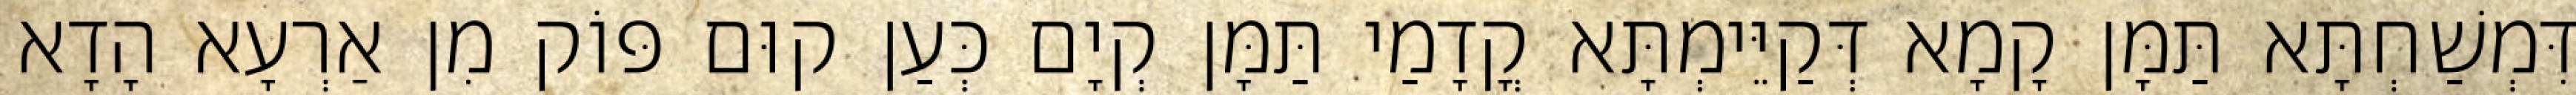
דִּמְשַׁחְתָּא תַּמָּן קָמָא דְּקַיֵּימְתָּא קֳדָמַי תַּמָּן קְיָם כְּעַן קוּם פּוֹק מִן אַרְעָא הָדָא